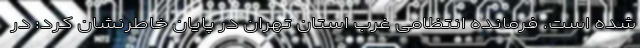
شده است. فرمانده انتظامی غرب استان تهران در پایان خاطرنشان کرد: در